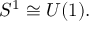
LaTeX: S ^ { 1 } \cong U ( 1 ) .